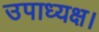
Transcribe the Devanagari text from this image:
उपाध्यक्ष।